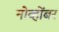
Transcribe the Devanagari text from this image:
नोव्होंबर